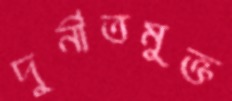
দুর্নীতমুক্ত